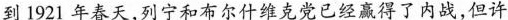
到1921年春天，列宁和布尔什维克党已经赢得了内战，但许